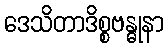
ဒေသိတာဒိစ္စဗန္ဓုနာ